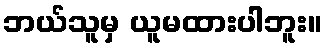
ဘယ်သူမှ ယူမထားပါဘူး။